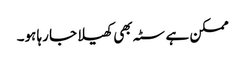
ممکن ہے سٹہ بھی کھیلا جا رہا ہو۔